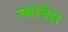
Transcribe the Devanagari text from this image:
ब्यांचेस